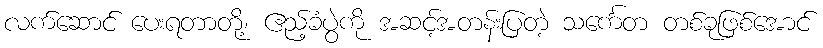
လက်ဆောင် ပေးရတာတို့၊ ဧည့်ခံပွဲကို အဆင့်အတန်းပြတဲ့ သင်္ကေတ တစ်ခုဖြစ်အောင်